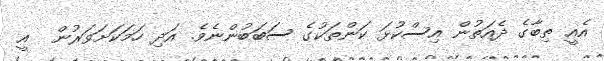
އެއީ ތިބާގެ ދެއަތުން އިސްކުޅަ ކަންތަކުގެ ސަބަބުންނެވެ. އަދި ހަމަކަށަވަރުން  އީ